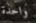
واحدة